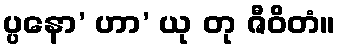
ပ္ပနော’ ဟာ’ ယု တု ဇီဝိတံ။